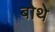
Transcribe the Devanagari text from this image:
बोथे